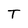
Character: T